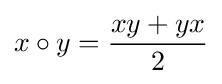
x\circ y={\frac {xy+yx}{2}}